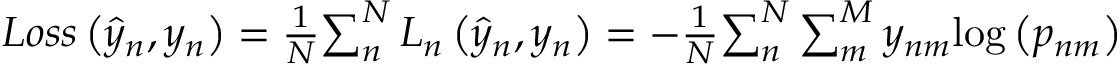
\begin{array} { r } { L o s s \left( { { \hat { y } } _ { n } , y _ { n } } \right) = \frac { 1 } { N } { \sum _ { n } ^ { N } { L _ { n } \left( { \hat { y } } _ { n } , y _ { n } \right) } } = - \frac { 1 } { N } { \sum _ { n } ^ { N } { \sum _ { m } ^ { M } { y _ { n m } { \log \left( p _ { n m } \right) } } } } } \end{array}